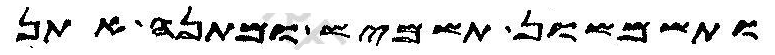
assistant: ותשמשון תשמיש ומתנה אתן